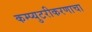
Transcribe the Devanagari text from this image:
कम्प्युटरीकरणाचा